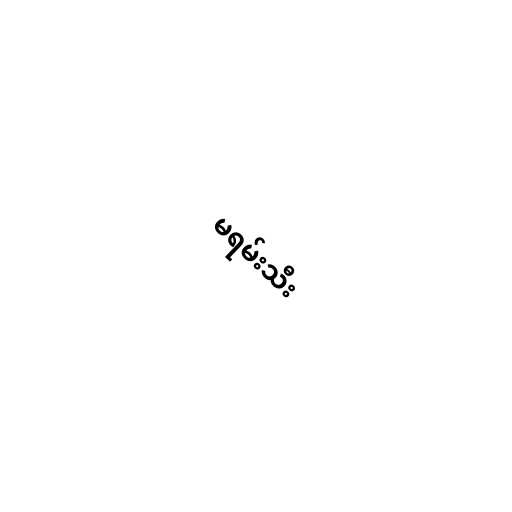
မရမ်းသီး